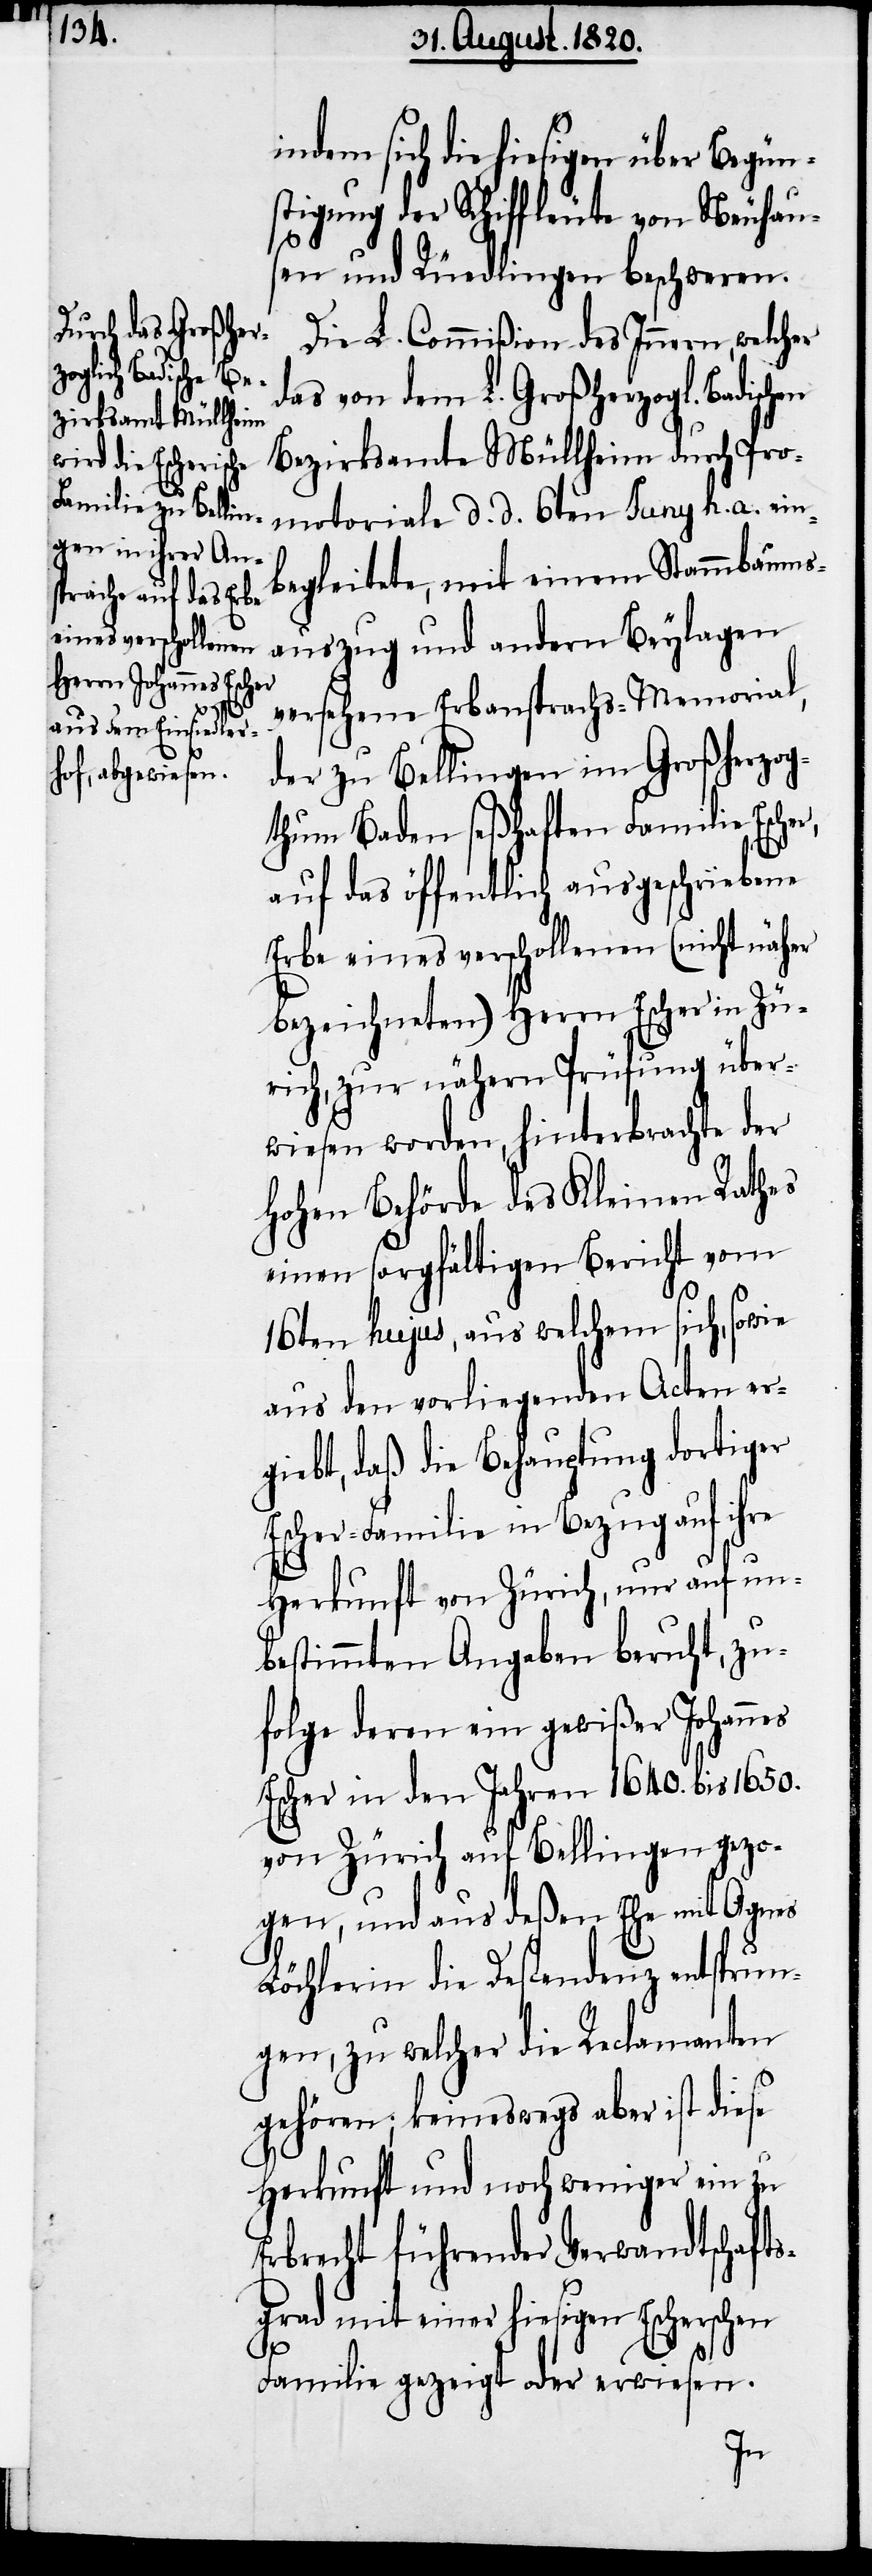
indem sich die hiesigen über Begün¬
stigung der Schiffleute von Neuhaus¬
en und Rüedlingen beschweren.
Die L. Commißion des Innern, welcher
das von dem L. Großherzogl. Badischen
Bezirksamte Müllheim durch Pro¬
metoriale d. d. 6ten Juny h. a. ein¬
begleitete, mit einem Stammbaums¬
auszug und andern Beylagen
ersehene Erbansprachs-Memorial,
der zu Belllingen im Großherzog¬
thum Baden seßhaften Familie Escher,
auf das öffentlich ausgeschriebene
Erbe eines verschollenen (nicht näher
bezeichneten) Herrn Escher in Zü¬
rich, zur nähern Prüfung über¬
wiesen worden, hinterbrachte der
hohen Behörde des Kleinen Rathes
einen sorgfältigen Bericht vom
16ten hujus, aus welchem sich, sowie
aus den vorliegenden Acten er¬
giebt, daß die Behauptung dortiger
Escher-Familie in Bezug auf ihre
Herkunft von Zürich, nur auf un¬
bestimmten Angaben beruht, zu¬
folge deren ein gewißer Johannes
Escher in den Jahren 1640. bis 1650.
von Zürich auf Bellingen gezo¬
gen, und aus deßen Ehe mit Agnes
Löchlerin die Descendenz entsprun¬
gen, zu welcher die Reclamenten
gehören, keineswegs aber ist diese
Herkunft und noch weniger ein zu
Erbrecht führender Verwandtschafts¬
grad mit einer hiesigen Escherschen
Familie gezeigt oder erwiesen.